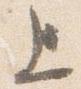
上